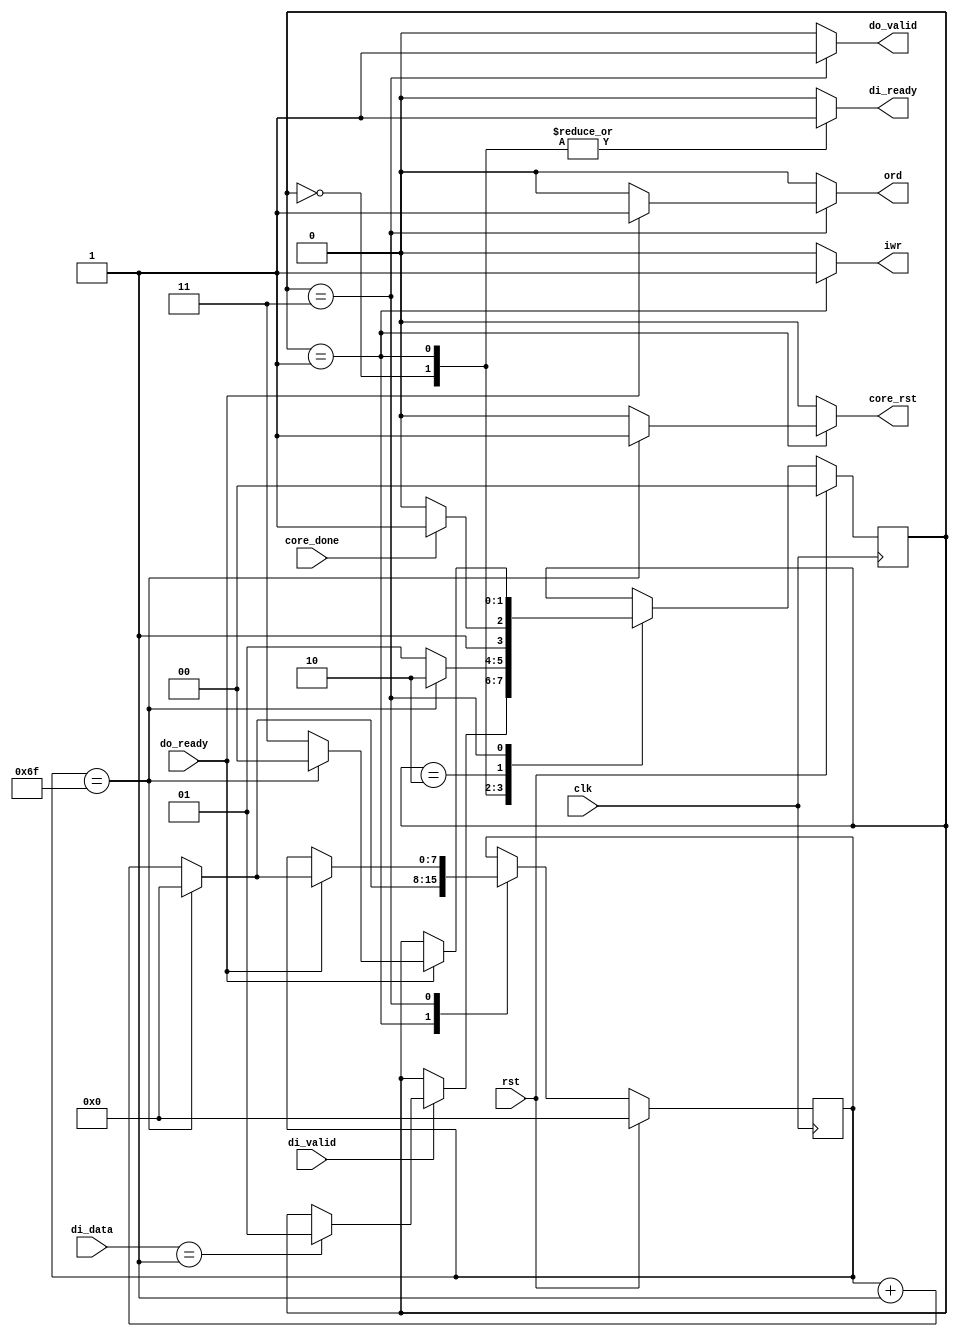
/*
 Designer: Mustafa Khairallah
 Nanyang Technological University
 Singapore
 Date: July, 2021
 */

/* 
 FSM for the input output protocol for testing the DOM1
 SKINNY-128/384+ on FPGA.
 */
module dom1_skinny_fpga_fsm (/*AUTOARG*/
   // Outputs
   di_ready, do_valid, iwr, ord, core_rst,
   // Inputs
   di_data, di_valid, do_ready, clk, rst, core_done
   ) ;
   parameter IDLE = 0;
   parameter LOAD = 1;
   parameter ENC = 2;
   parameter STORE = 3;

   output reg  di_ready, do_valid;
   output reg  iwr, ord, core_rst;

   input [7:0] di_data;
   input       di_valid, do_ready;
   input       clk, rst;
   input       core_done;
   
   reg [1:0]   fsm, fsmn;
   reg [7:0]   cnt, cntn;   
   
   always @ (posedge clk) begin
      if (rst) begin
	 fsm <= IDLE;
	 cnt <= 0;	 
      end
      else begin
	 fsm <= fsmn;
	 cnt <= cntn;	 
      end
   end

   always @ ( /*AUTOSENSE*/cnt or core_done or di_data or di_valid
	     or do_ready or fsm) begin
      fsmn <= fsm;
      cntn <= cnt;      
      di_ready <= 0;   
      iwr <= 0;
      ord <= 0;      
      core_rst <= 0; 
      do_valid <= 0;     
      case (fsm) 
	IDLE: begin
	   di_ready <= 1;
	   if (di_valid) begin
	      if (di_data == 8'h01) begin
		 fsmn <= LOAD;		 
	      end
	   end
	end
	LOAD: begin
	   iwr <= 1;
	   di_ready <= 1;	   
	   if (cnt == 111) begin
	      fsmn <= ENC;
	      cntn <= 0;	     
	      core_rst <= 1;	     
	   end
	   else begin
	      fsmn <= LOAD;
	      cntn <= cnt + 1;
	   end
	end
	ENC: begin
	   if (core_done) begin
	      fsmn <= STORE;	      
	   end
	   else begin
	      fsmn <= ENC;	      
	   end
	end
	STORE: begin
	   do_valid <= 1;
	   if (do_ready) begin
	      ord <= 1;	      
	      if (cnt == 111) begin
		 fsmn <= IDLE;
		 cntn <= 0;	     		 	     
	      end
	      else begin
		 fsmn <= STORE;
		 cntn <= cnt + 1;
	      end     
	   end // if (do_ready)	   
	end
      endcase	  
   end
   
   
endmodule // dom1_skinny_fpga_fsm